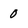
Character: 0